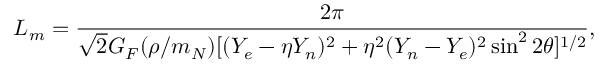
L _ { m } = \frac { 2 \pi } { \sqrt { 2 } G _ { F } ( { \rho / m _ { N } } ) [ ( Y _ { e } - \eta Y _ { n } ) ^ { 2 } + \eta ^ { 2 } ( Y _ { n } - Y _ { e } ) ^ { 2 } \sin ^ { 2 } 2 \theta ] ^ { 1 / 2 } } ,